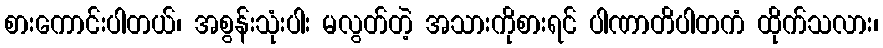
စားကောင်းပါတယ်၊ အစွန်းသုံးပါး မလွတ်တဲ့ အသားကိုစားရင် ပါဏာတိပါတကံ ထိုက်သလား၊